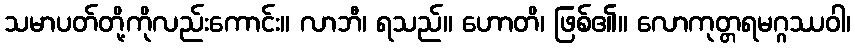
သမာပတ်တို့ကိုလည်းကောင်း။ လာဘီ၊ ရသည်။ ဟောတိ၊ ဖြစ်၏။ လောကုတ္တရမဂ္ဂဿဝါ၊